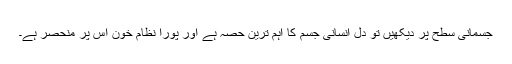
جسمانی سطح پر دیکھیں تو دل انسانی جسم کا اہم ترین حصہ ہے اور پورا نظامِ خون اس پر منحصر ہے۔